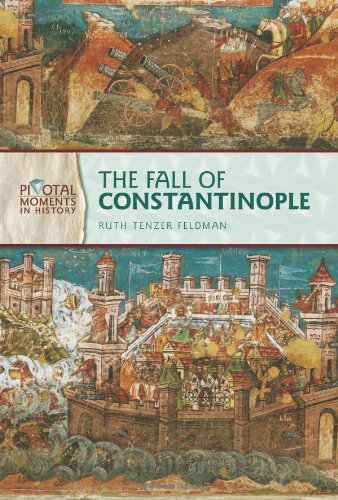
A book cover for The Fall of Constantinople (Pivotal Moments in History); Ruth Tenzer Feldman; Children's Books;